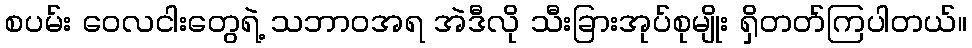
စပမ်း ဝေလငါးတွေရဲ့ သဘာဝအရ အဲဒီလို သီးခြားအုပ်စုမျိုး ရှိတတ်ကြပါတယ်။